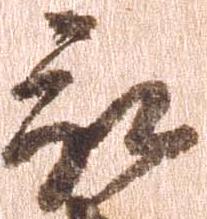
被